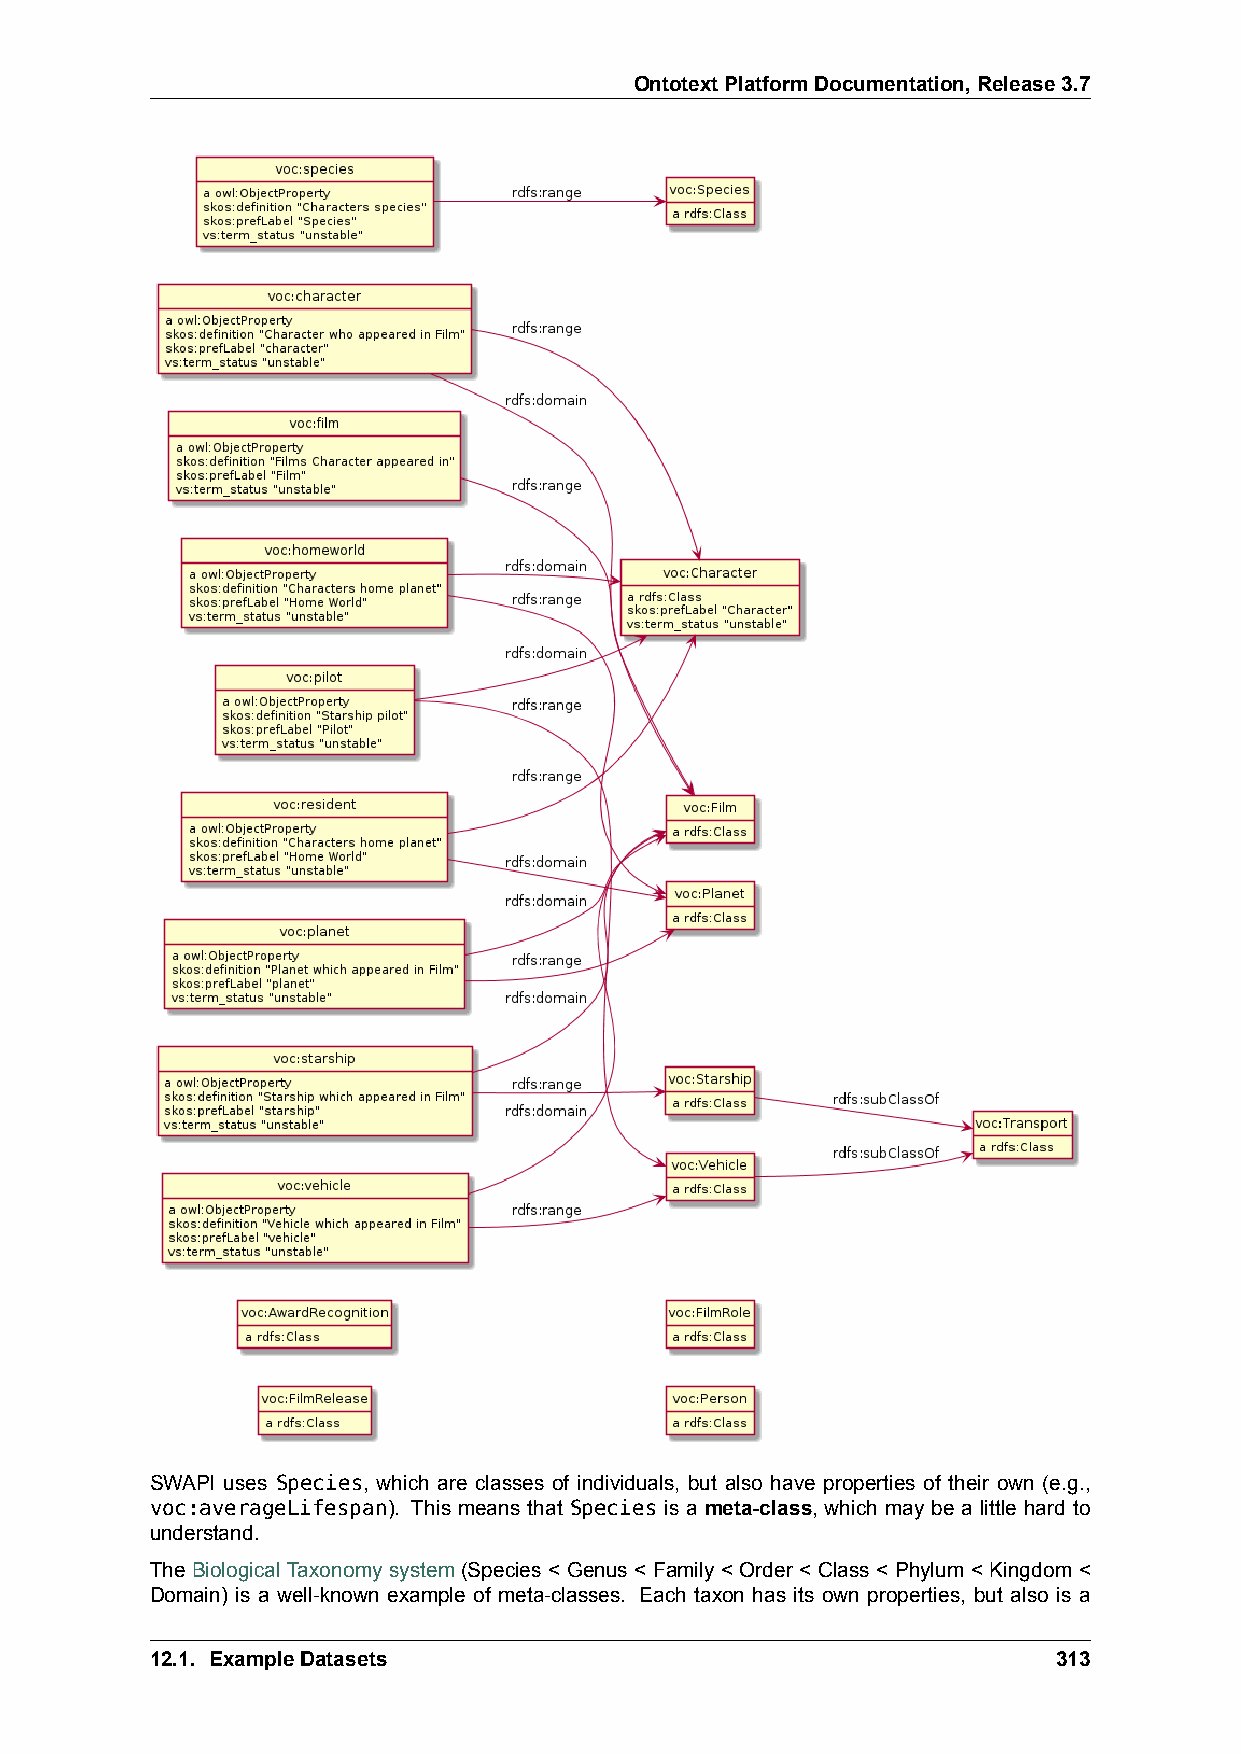
OntotextPlatformDocumentation,Release3.7
 SWAPI uses Species, which are classes of individuals, but also have properties of their own (e.g.,
 voc:averageLifespan). This means that Species is a meta-class, which may be a little hard to
 understand.
 The Biological Taxonomy system (Species < Genus < Family < Order < Class < Phylum < Kingdom <
 Domain) is a well-known example of meta-classes. Each taxon has its own properties, but also is a
 12.1. ExampleDatasets                                       313